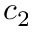
c _ { 2 }